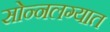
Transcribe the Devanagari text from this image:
सोन्नलग्यात